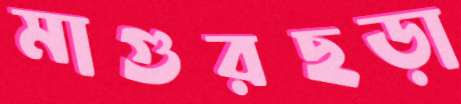
মাগুরছড়া